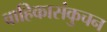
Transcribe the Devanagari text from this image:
वाहिकासंकुचन